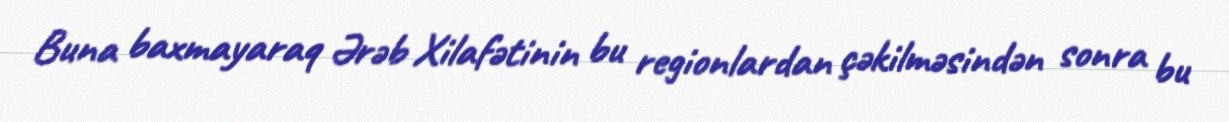
Buna baxmayaraq Ərəb Xilafətinin bu regionlardan çəkilməsindən sonra bu